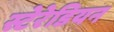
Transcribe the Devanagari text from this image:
स्टेरेडियन